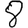
Digit: 8